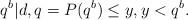
LaTeX: \begin{align*}q^b | d, q=P(q^b)\leq y, y < q^b .\end{align*}